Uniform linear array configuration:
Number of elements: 12
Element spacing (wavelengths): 0.5
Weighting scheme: binomial
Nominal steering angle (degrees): -60
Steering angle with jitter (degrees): -60.254
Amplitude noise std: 0.05
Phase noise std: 0.05

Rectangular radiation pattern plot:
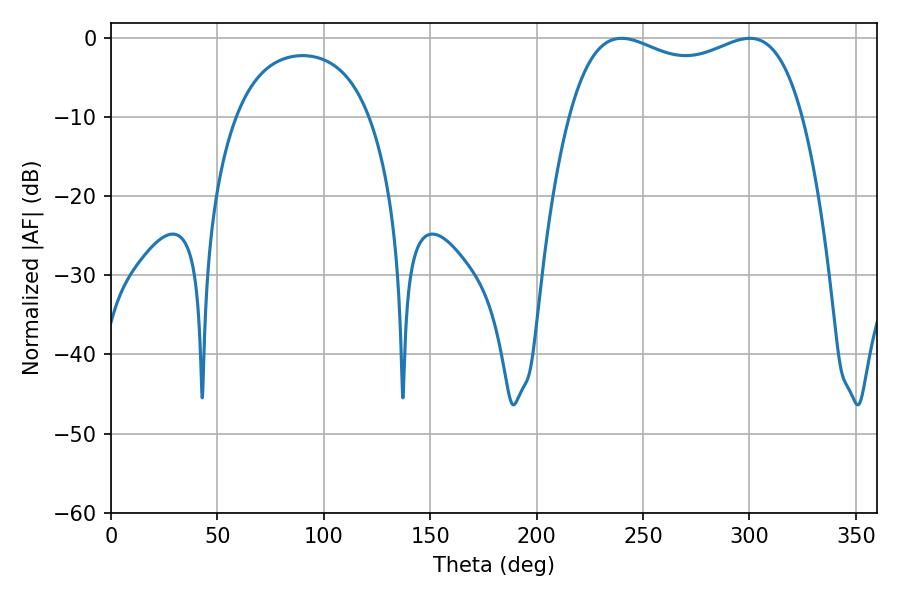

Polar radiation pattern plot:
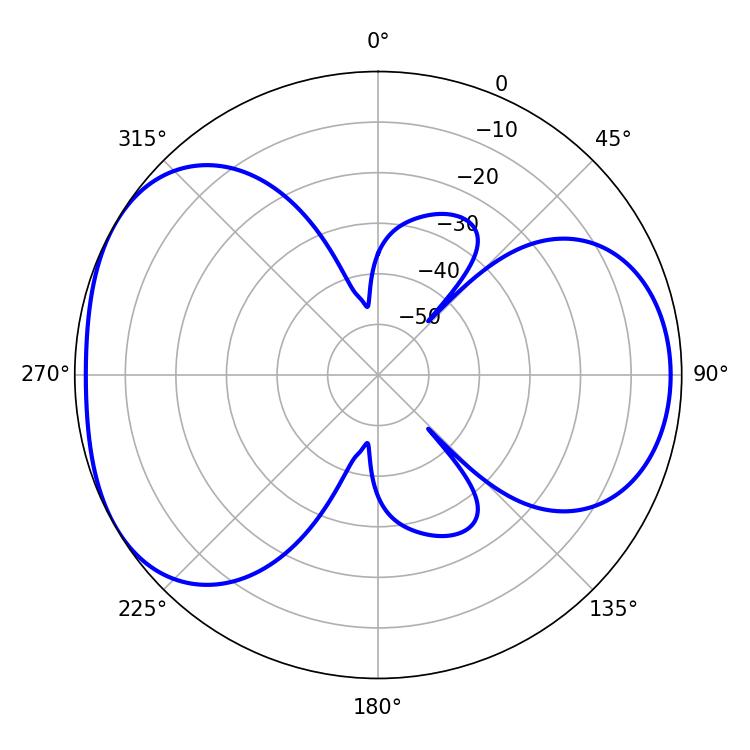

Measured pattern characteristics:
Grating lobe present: FALSE
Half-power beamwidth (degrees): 90
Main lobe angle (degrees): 239.94